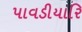
પાવડીયારિ